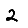
Digit: 2